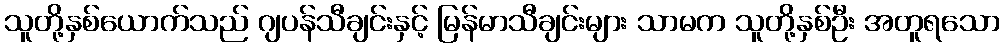
သူတို့နှစ်ယောက်သည် ဂျပန်သီချင်းနှင့် မြန်မာသီချင်းများ သာမက သူတို့နှစ်ဦး အတူရသော